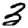
Digit: 3